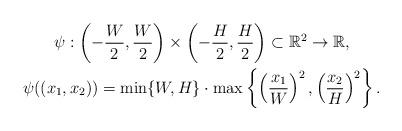
LaTeX: \begin{gather*}\psi:\left(-\frac{W}{2},\frac{W}{2}\right)\times\left(-\frac{H}{2},\frac{H}{2}\right)\subset\mathbb{R}^2 \to \mathbb{R}, \\\psi((x_1,x_2)) = \min\{W,H\}\cdot\max\left\{\left(\frac{x_1}{W}\right)^2,\left(\frac{x_2}{H}\right)^2\right\}.\end{gather*}